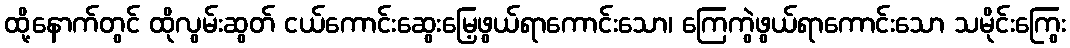
ထို့နောက်တွင် ထိုလွမ်းဆွတ် ငယ်ကောင်းဆွေးမြေ့ဖွယ်ရာကောင်းသော၊ ကြေကွဲဖွယ်ရာကောင်းသော သမိုင်းကြွေး